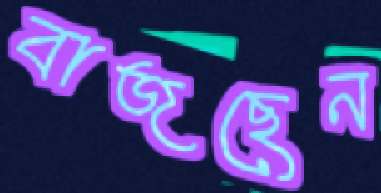
বাজছেন